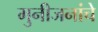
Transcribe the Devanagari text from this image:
मुनीजनांचे